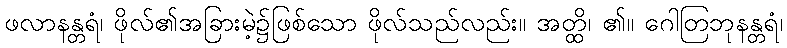
ဖလာနန္တရံ၊ ဖိုလ်၏အခြားမဲ့၌ဖြစ်သော ဖိုလ်သည်လည်း။ အတ္ထိ၊ ၏။ ဂေါတြဘုနန္တရံ၊